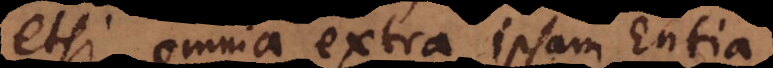
etsi omnia extra ipsam Entia